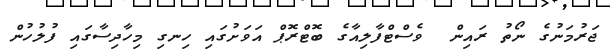
ޖަރުމަނުގެ ނޯތު ރައިން  ވެސްޓްފާލިއާގެ ބޮޓްރޮޕް އަވަށުގައި ހިނގި މިހާދިސާގައި ފުލުހުން